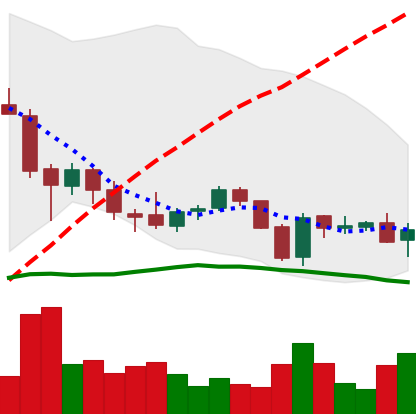
Ticker: EOS-USD
Chart end date: 2018-05-29
Forward return: 20.011%
Label: up_7plus